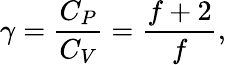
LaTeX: \gamma={\frac{C_{P}}{C_{V}}}={\frac{f+2}{f}},